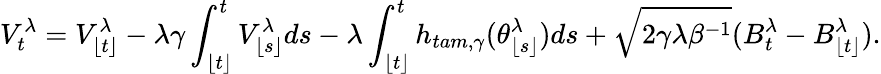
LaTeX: V_{t}^{\lambda}=V_{\lfloor t\rfloor}^{\lambda}-\lambda\gamma\int_{\lfloor t\rfloor}^{t}V_{\lfloor s\rfloor}^{\lambda}ds-\lambda\int_{\lfloor t\rfloor}^{t}h_{tam,\gamma}(\theta_{\lfloor s\rfloor}^{\lambda})ds+\sqrt{2\gamma\lambda\beta^{-1}}(B_{t}^{\lambda}-B_{\lfloor t\rfloor}^{\lambda}).